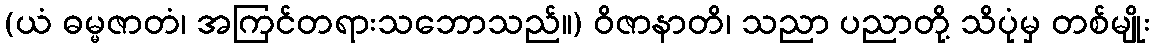
(ယံ ဓမ္မဇာတံ၊ အကြင်တရားသဘောသည်။) ဝိဇာနာတိ၊ သညာ ပညာတို့ သိပုံမှ တစ်မျိုး